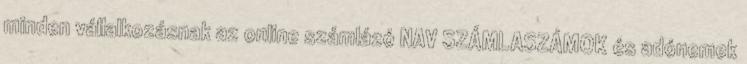
minden vállalkozásnak az online számlázó NAV SZÁMLASZÁMOK és adónemek